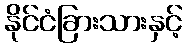
နိုင်ငံခြားသားနှင့်